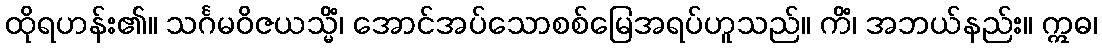
ထိုရဟန်း၏။ သင်္ဂမဝိဇယသ္မိံ၊ အောင်အပ်သောစစ်မြေအရပ်ဟူသည်။ ကိံ၊ အဘယ်နည်း။ ဣဓ၊